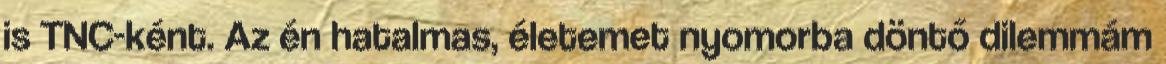
is TNC-ként. Az én hatalmas, életemet nyomorba döntő dilemmám